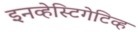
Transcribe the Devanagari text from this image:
इनव्हेस्टिगेटिव्ह